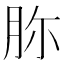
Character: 𦙳